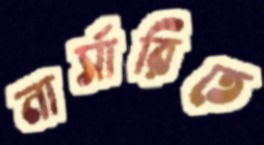
নার্সারিতে